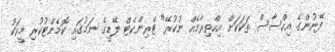
ފޭނުންގެ އިހްސާސް ތަކަކަށް އިހްތިރާމެއް ނުކުރޭ" ޓްރިންކެޓް ލޭޑީގެ ނަމުގައި ކޮމެންޓުކުރި މީހަކު